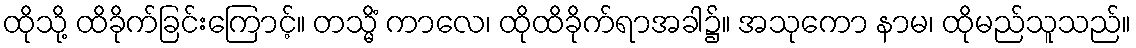
ထိုသို့ ထိခိုက်ခြင်းကြောင့်။ တသ္မိံ ကာလေ၊ ထိုထိခိုက်ရာအခါ၌။ အသုကော နာမ၊ ထိုမည်သူသည်။